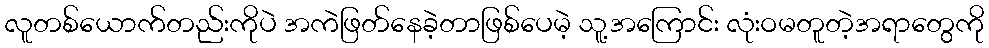
လူတစ်ယောက်တည်းကိုပဲ အကဲဖြတ်နေခဲ့တာဖြစ်ပေမဲ့ သူ့အကြောင်း လုံးဝမတူတဲ့အရာတွေကို